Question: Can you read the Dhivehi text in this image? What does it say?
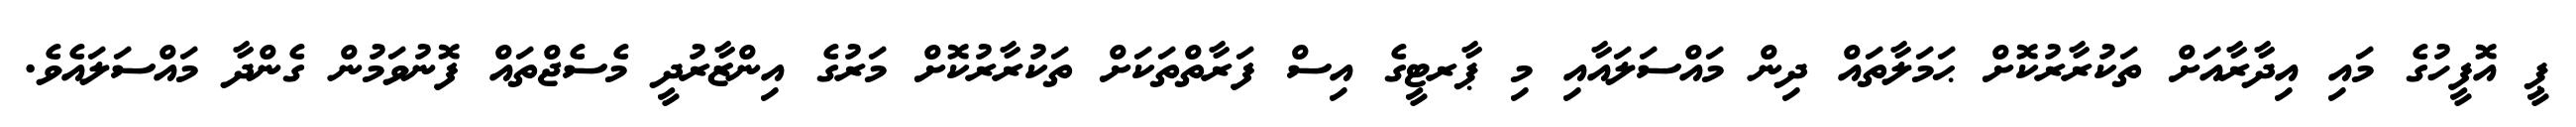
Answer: ޕީ އޮފީހުގެ މައި އިދާރާއަށް ތަކުރާރުކޮށް ޙަމަލާތައް ދިން މައްސަލައާއި މި ޕާރޓީގެ އިސް ފަރާތްތަކަށް ތަކުރާރުކޮށް މަރުގެ އިންޒާރުދީ މެސެޖްތައް ފޮނުވަމުން ގެންދާ މައްސަލައެވެ.